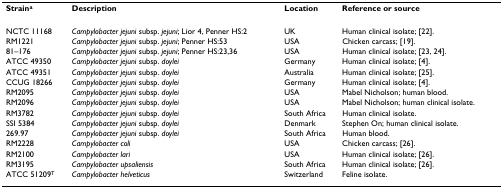
<table><thead><tr><td><b>Strain<sup>a</sup></b></td><td><b>Description</b></td><td><b>Location</b></td><td><b>Reference or source</b></td></tr></thead><tbody><tr><td>NCTC 11168</td><td><i>Campylobacter jejuni </i>subsp. <i>jejuni</i>; Lior 4, Penner HS:2</td><td>UK</td><td>Human clinical isolate; [22].</td></tr><tr><td>RM1221</td><td><i>Campylobacter jejuni </i>subsp. <i>jejuni</i>; Penner HS:53</td><td>USA</td><td>Chicken carcass; [19].</td></tr><tr><td>81–176</td><td><i>Campylobacter jejuni </i>subsp. <i>jejuni</i>; Penner HS:23,36</td><td>USA</td><td>Human clinical isolate; [23, 24].</td></tr><tr><td>ATCC 49350</td><td><i>Campylobacter jejuni </i>subsp. <i>doylei</i></td><td>Germany</td><td>Human clinical isolate; [4].</td></tr><tr><td>ATCC 49351</td><td><i>Campylobacter jejuni </i>subsp. <i>doylei</i></td><td>Australia</td><td>Human clinical isolate; [25].</td></tr><tr><td>CCUG 18266</td><td><i>Campylobacter jejuni </i>subsp. <i>doylei</i></td><td>Germany</td><td>Human clinical isolate; [4].</td></tr><tr><td>RM2095</td><td><i>Campylobacter jejuni </i>subsp. <i>doylei</i></td><td>USA</td><td>Mabel Nicholson; human blood.</td></tr><tr><td>RM2096</td><td><i>Campylobacter jejuni </i>subsp. <i>doylei</i></td><td>USA</td><td>Mabel Nicholson; human clinical isolate.</td></tr><tr><td>RM3782</td><td><i>Campylobacter jejuni </i>subsp. <i>doylei</i></td><td>South Africa</td><td>Human clinical isolate.</td></tr><tr><td>SSI 5384</td><td><i>Campylobacter jejuni </i>subsp. <i>doylei</i></td><td>Denmark</td><td>Stephen On; human clinical isolate.</td></tr><tr><td>269.97</td><td><i>Campylobacter jejuni </i>subsp. <i>doylei</i></td><td>South Africa</td><td>Human blood.</td></tr><tr><td>RM2228</td><td><i>Campylobacter coli</i></td><td>USA</td><td>Chicken carcass; [26].</td></tr><tr><td>RM2100</td><td><i>Campylobacter lari</i></td><td>USA</td><td>Human clinical isolate; [26].</td></tr><tr><td>RM3195</td><td><i>Campylobacter upsaliensis</i></td><td>South Africa</td><td>Human clinical isolate; [26].</td></tr><tr><td>ATCC 51209<sup>T</sup></td><td><i>Campylobacter helveticus</i></td><td>Switzerland</td><td>Feline isolate.</td></tr></tbody></table>